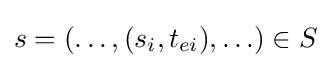
s=(\ldots ,(s_{i},t_{ei}),\ldots )\in S